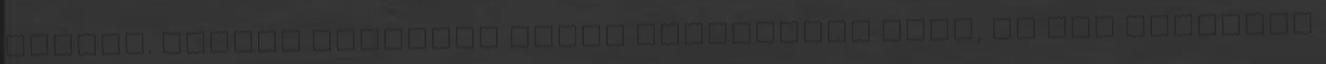
hagyta. Úgysem lehetett volna vitatkozni vele, az nem lehetett